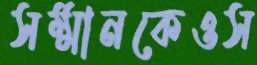
সম্মানকেওস